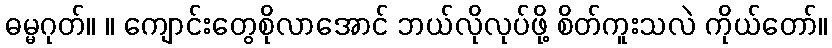
ဓမ္မဂုတ်။ ။ ကျောင်းတွေစိုလာအောင် ဘယ်လိုလုပ်ဖို့ စိတ်ကူးသလဲ ကိုယ်တော်။